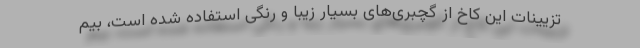
تزیینات این کاخ از گچبری‌های بسیار زیبا و رنگی استفاده شده است، بیم